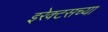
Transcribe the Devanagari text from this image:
इरेक्टसच्या